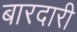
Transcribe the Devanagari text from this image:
बारदारी